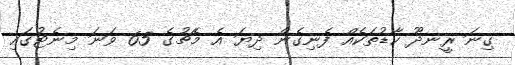
ގިނަ ރީނދޫ ކާޑުތަކެއް ފެނިގެން ދިޔަ އެ މެޗުގެ 65 ވަނަ މިނެޓުގައި